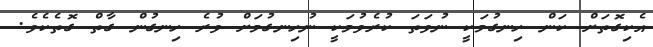
އެކިގޮތަށް ކަން ހިނގުމަކީ ނުވަތަ ކުރެވުމަކީ ނުހިނގުމަށް ވުރެ ހިނގުން ގާތް ގޮތެކެވެ.